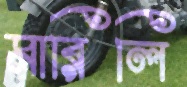
মারিলি